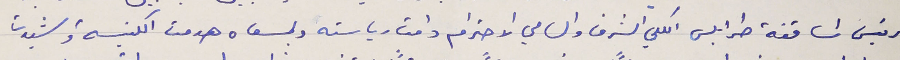
رئيس اساقفة طرابلس الكلي الشرف والسامي الاحترام دامت رياسته وبمسعاه هدمت الكنيسة وشيدت